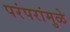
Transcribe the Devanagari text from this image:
परंपरांमुळे